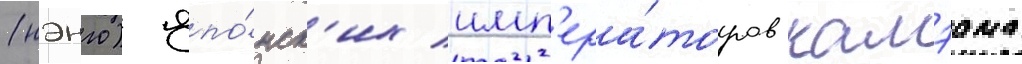
(нэнго) япо́нск'их имп'ера́торов камэама